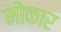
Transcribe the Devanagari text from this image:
मोकार